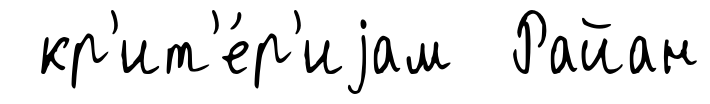
кр'ит'е́р'иjам Райан